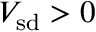
V _ { \mathrm { s d } } > 0